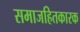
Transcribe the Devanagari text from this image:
समाजहितकारक